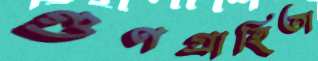
গুণগ্রাহিতা